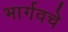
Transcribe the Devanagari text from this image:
भार्गवचे